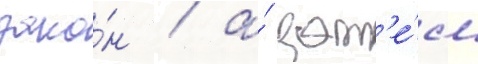
зако́н / а́ зат'е́м